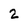
Character: 2